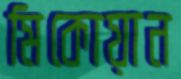
মিকোয়ান